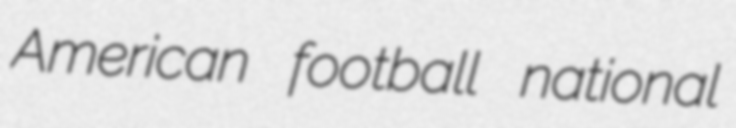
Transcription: American football national